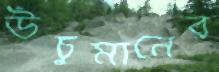
উঁচুমানের